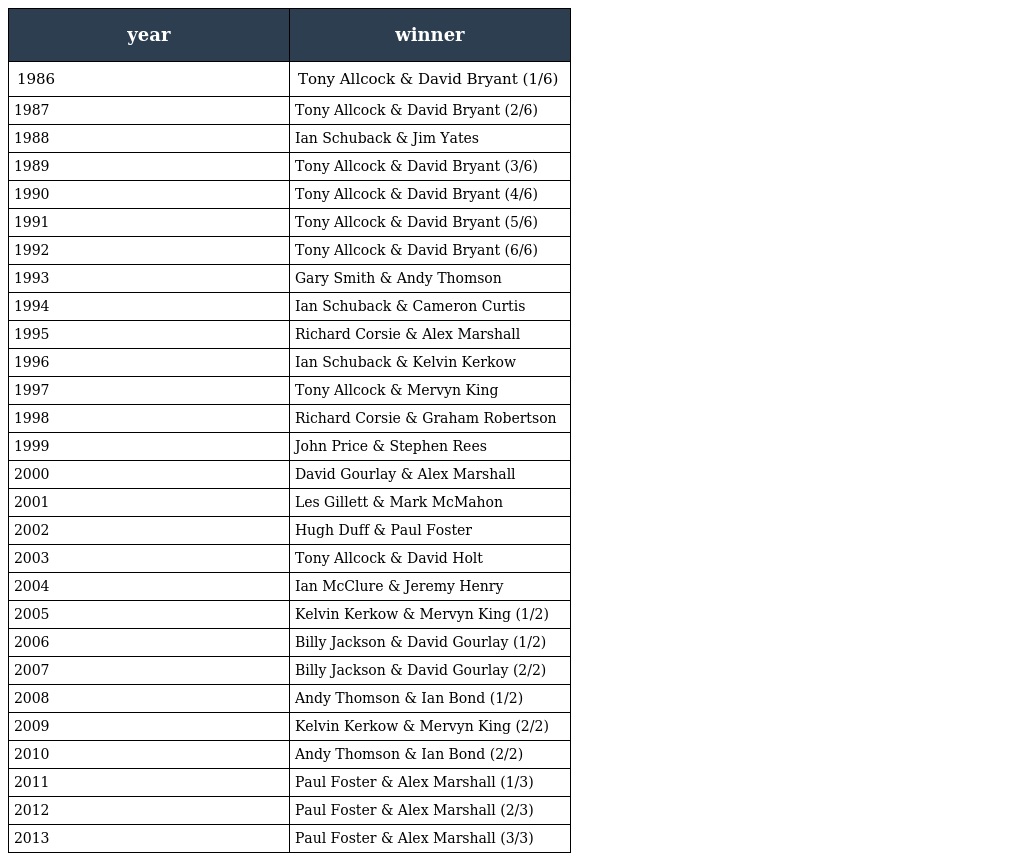
| year | winner |
 | --- | --- |
 | 1986 | Tony Allcock & David Bryant (1/6) |
 | 1987 | Tony Allcock & David Bryant (2/6) |
 | 1988 | Ian Schuback & Jim Yates |
 | 1989 | Tony Allcock & David Bryant (3/6) |
 | 1990 | Tony Allcock & David Bryant (4/6) |
 | 1991 | Tony Allcock & David Bryant (5/6) |
 | 1992 | Tony Allcock & David Bryant (6/6) |
 | 1993 | Gary Smith & Andy Thomson |
 | 1994 | Ian Schuback & Cameron Curtis |
 | 1995 | Richard Corsie & Alex Marshall |
 | 1996 | Ian Schuback & Kelvin Kerkow |
 | 1997 | Tony Allcock & Mervyn King |
 | 1998 | Richard Corsie & Graham Robertson |
 | 1999 | John Price & Stephen Rees |
 | 2000 | David Gourlay & Alex Marshall |
 | 2001 | Les Gillett & Mark McMahon |
 | 2002 | Hugh Duff & Paul Foster |
 | 2003 | Tony Allcock & David Holt |
 | 2004 | Ian McClure & Jeremy Henry |
 | 2005 | Kelvin Kerkow & Mervyn King (1/2) |
 | 2006 | Billy Jackson & David Gourlay (1/2) |
 | 2007 | Billy Jackson & David Gourlay (2/2) |
 | 2008 | Andy Thomson & Ian Bond (1/2) |
 | 2009 | Kelvin Kerkow & Mervyn King (2/2) |
 | 2010 | Andy Thomson & Ian Bond (2/2) |
 | 2011 | Paul Foster & Alex Marshall (1/3) |
 | 2012 | Paul Foster & Alex Marshall (2/3) |
 | 2013 | Paul Foster & Alex Marshall (3/3) |